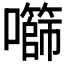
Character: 𫬧